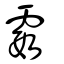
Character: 霞